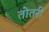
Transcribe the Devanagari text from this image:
तोतरी